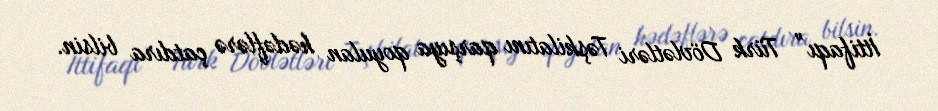
İttifaqı” Türk Dövlətləri Təşkilatını qarşıya qoyulan hədəflərə çatdıra bilsin.